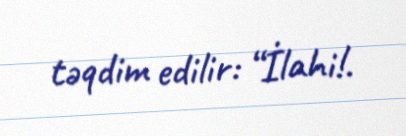
təqdim edilir: “İlahi!.